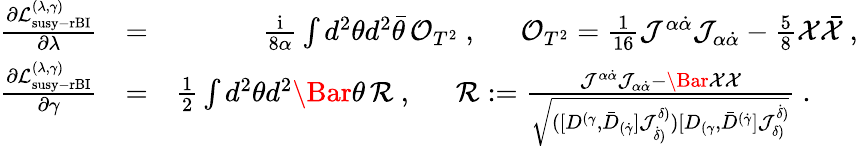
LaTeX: \begin{array}{rlr}{\frac{\partial\mathcal{L}_{\mathrm{susy-rBI}}^{(\lambda,\gamma)}}{\partial\lambda}}&{=}&{\frac{\mathrm{i}}{8\alpha}\int d^{2}\theta d^{2}\bar{\theta}\, \mathcal O_{T^{2}}~,~~~~~~\mathcal O_{T^{2}}=\frac{1}{16}{\mathcal J}^{\alpha\dot{\alpha}}{\mathcal J}_{\alpha\dot{\alpha}}-\frac 58\mathcal X\bar{\mathcal X}~,}\\ {\frac{\partial\mathcal{L}_{\mathrm{susy-rBI}}^{(\lambda,\gamma)}}{\partial\gamma}}&{=}&{\frac{1}{2}\int d^{2}\theta d^{2}\Bar{\theta}\, \mathcal{R}~,~~~~~~{\cal R}:=\frac{{\mathcal J}^{\alpha\dot{\alpha}}{\mathcal J}_{\alpha\dot{\alpha}}-\Bar{\mathcal{X}}\mathcal{X}}{\sqrt{([D^{(\gamma},\bar{D}_{(\dot{\gamma}}]{\mathcal J}^{\delta)}_{\dot{\delta})})[D_{(\gamma},\bar{D}^{(\dot{\gamma}}]{\mathcal J}_{\delta)}^{\dot{\delta})}}}~.~~~~~~}\end{array}